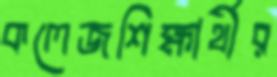
কলেজশিক্ষার্থীর